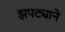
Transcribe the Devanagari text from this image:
झपट्याने